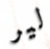
لير